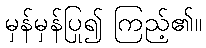
မှန်မှန်ပြု၍ ကြည့်၏။